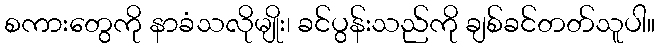
စကားတွေကို နာခံသလိုမျိုး၊ ခင်ပွန်းသည်ကို ချစ်ခင်တတ်သူပါ။